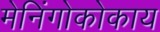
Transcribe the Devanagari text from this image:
मेनिंगोकोकाय